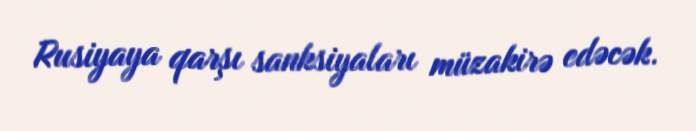
Rusiyaya qarşı sanksiyaları müzakirə edəcək.